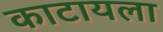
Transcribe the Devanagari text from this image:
काटायला